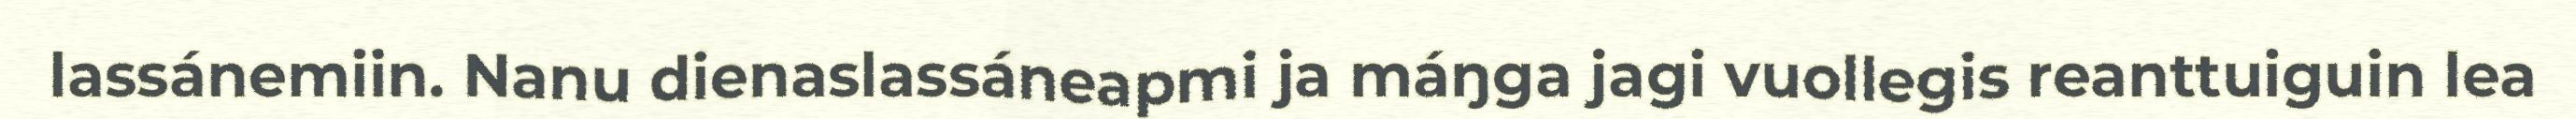
lassánemiin. Nanu dienaslassáneapmi ja máŋga jagi vuollegis reanttuiguin lea